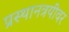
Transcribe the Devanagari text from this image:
प्रस्थानत्रयींवर